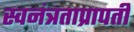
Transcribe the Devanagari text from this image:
स्वनंत्रताप्रापती